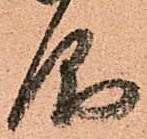
仰